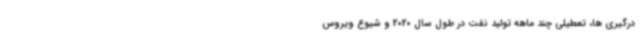
درگیری ها، تعطیلی چند ماهه تولید نفت در طول سال 2020 و شیوع ویروس